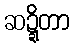
ဆဍ္ဍိတာ